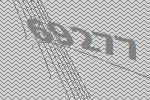
69277